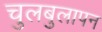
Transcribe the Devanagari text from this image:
चुलबुलापन